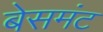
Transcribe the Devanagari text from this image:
बेसमंट